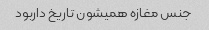
جنس مغازه همیشون تاریخ داربود